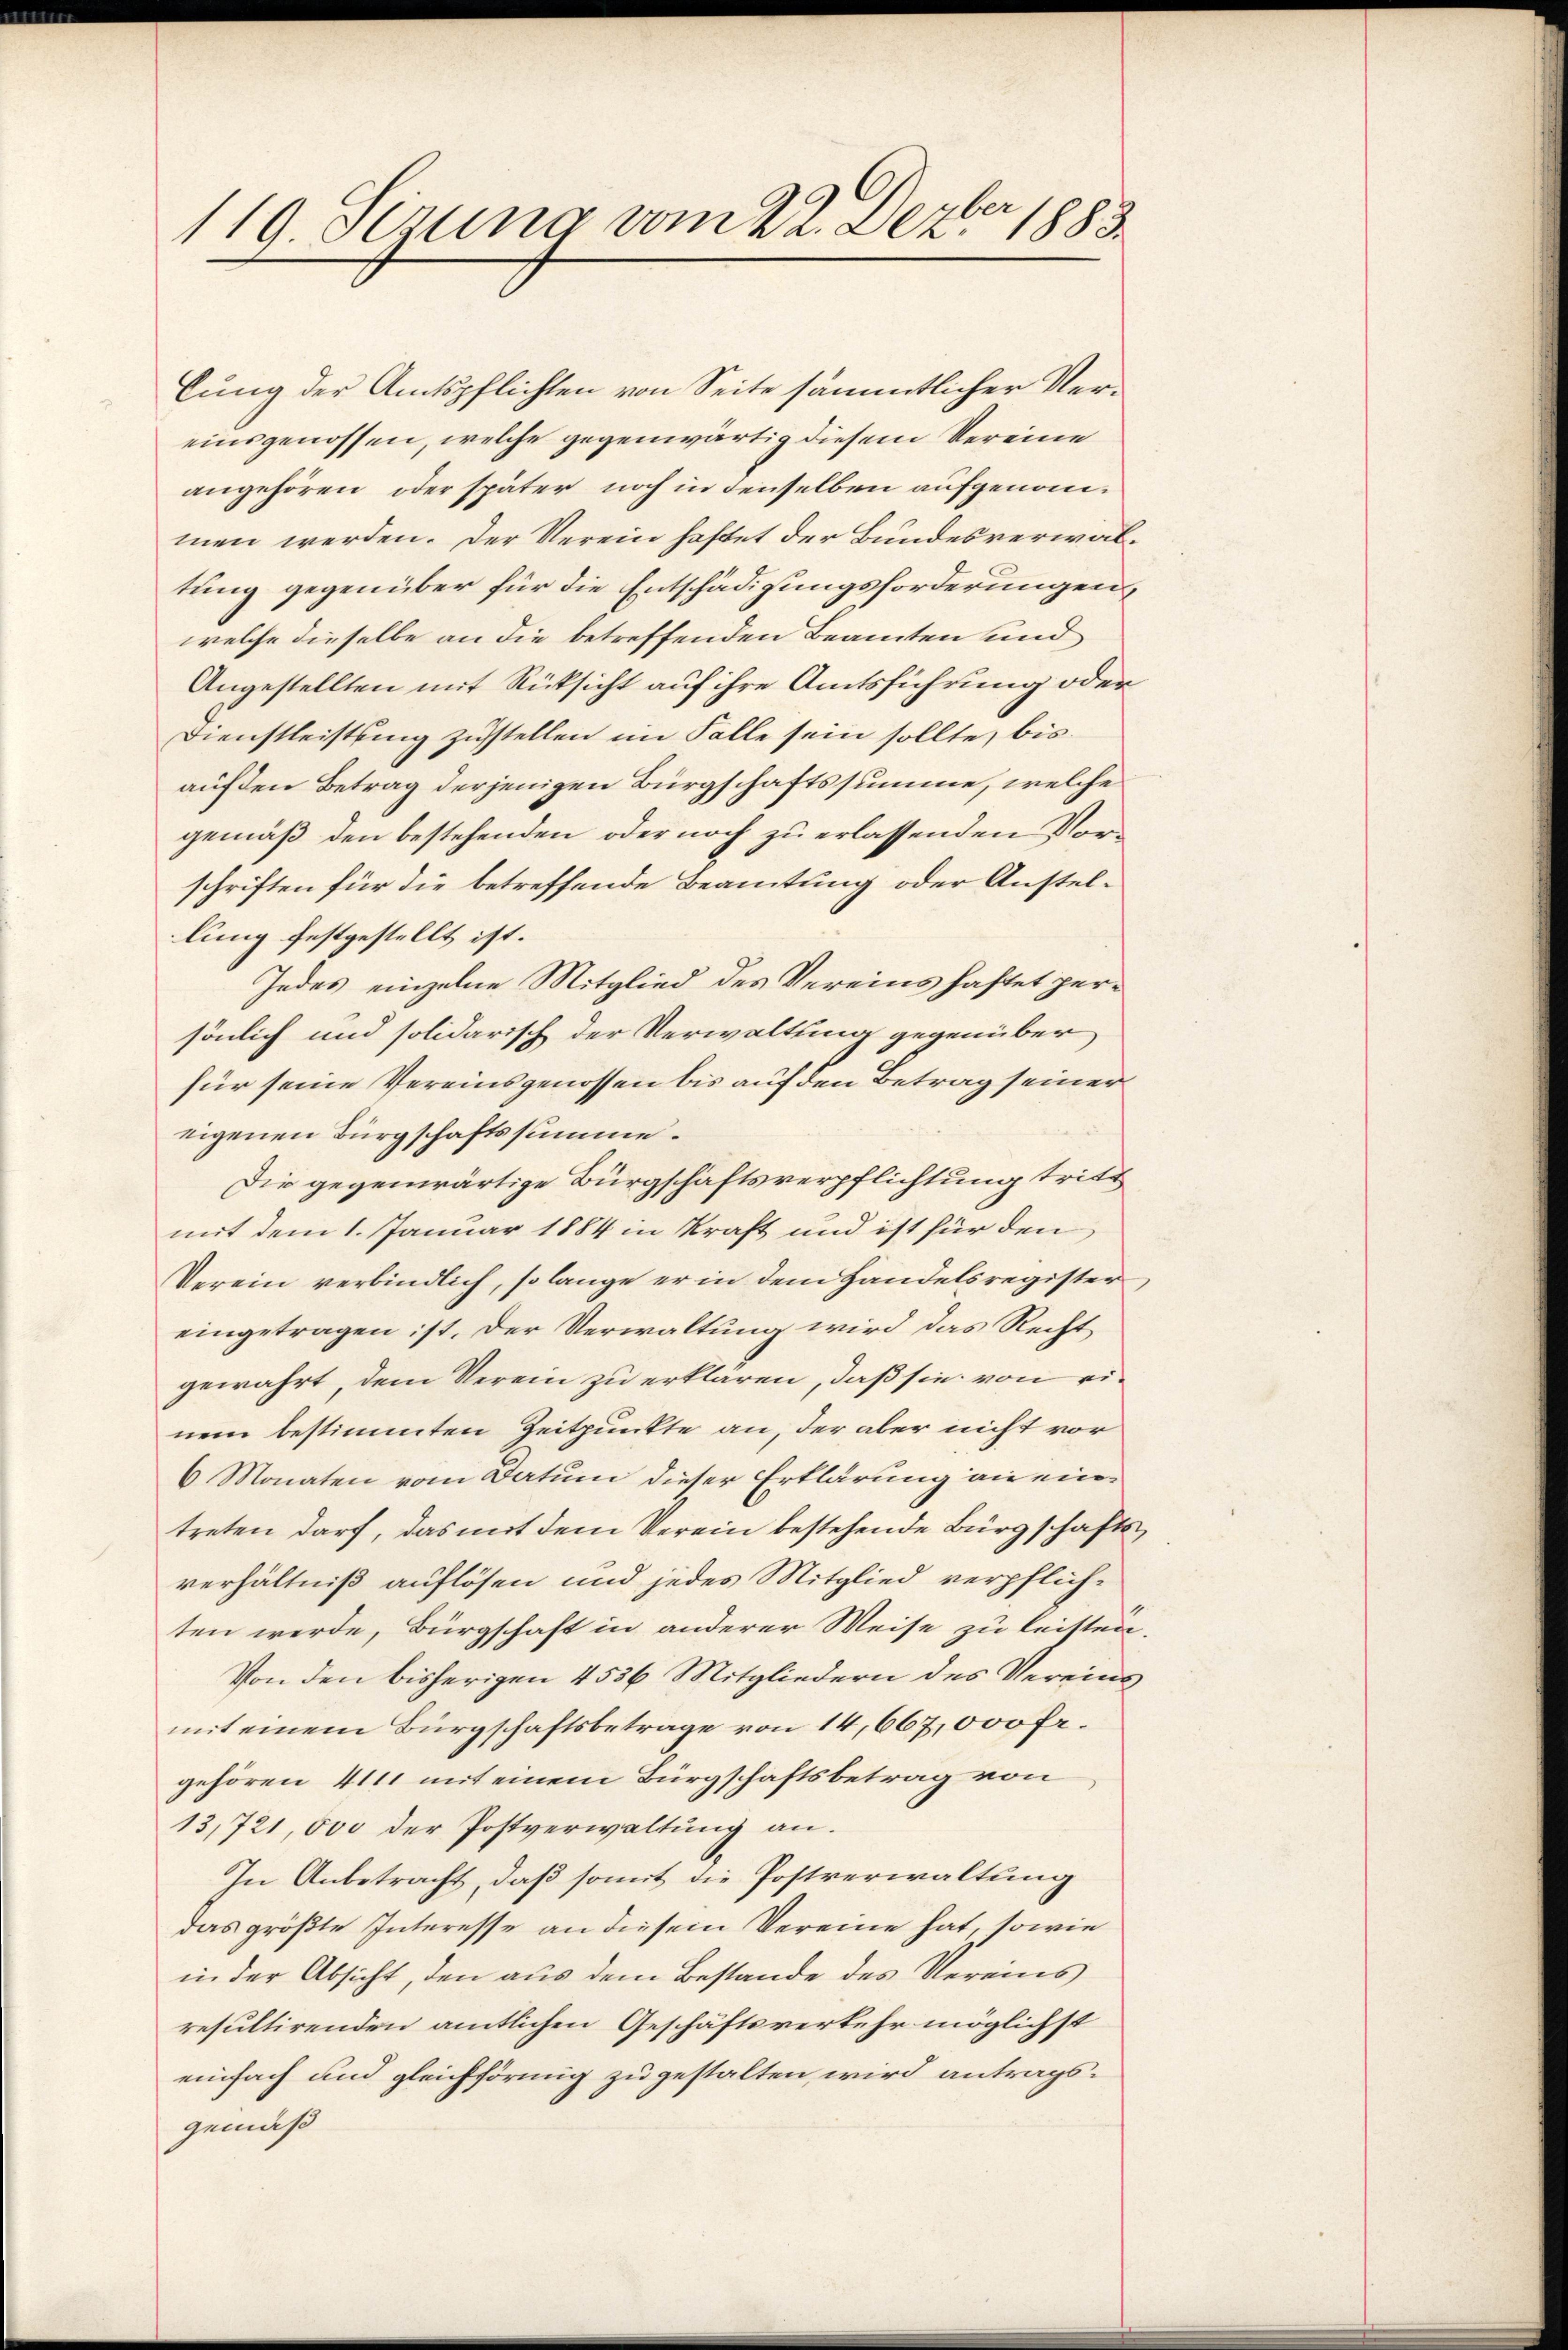
119 Sezung vom 22. Dezbr 1883.

lung der Amtspflichten von Seite sämmtlicher Vereinsgenossen, welche gegenwärtig diesem Vereine
angehören oder später noch in denselben aufgenommen werden. Der Verein haftet der Bundesverwaltung gegenüber für die Entschädigungsforderungen
welche dieselbe an die betreffenden Beamten und
Angestellten mit Rücksicht auf ihre Amtsführung oder
Dienstleistung zustellen im Falle sein sollte, bis
auf den Betrag derjenigen Bürgschaftssumme, welche
gemäß den bestehenden oder noch zu erlassenden Vorschriften für die betreffende Beamtung oder Anstellung festgestellt ist.
Jedes einzelne Mitglied des Vereins haftet persönlich und solidarisch der Verwaltung gegenüber
für seine Vereinsgenossen bis auf den Betrag seiner
eigenen Bürgschaftssumme.
Die gegenwärtige Bürgschäftsverpflichtung tritt
mit dem 1. Januar 1884 in Kraft und ist für den
Verein verbindlich, so lange er in dem Handelsregister
eingetragen ist. Der Verwaltung wird das Recht
gewahrt, dem Verein zu erklären, daß sie von einem bestimmten Zeitpunkte an, der aber nicht vor
6 Monaten vom Datum dieser Erklärung an eintreten darf, das mit dem Verein bestehende Bürgschafte
verhältniß auflösen und jedes Mitglied verpflichten werde, Bürgschaft in anderer Weise zu leisten
Von den bisherigen 4536 Mitgliedern des Vereinmit einem Bürgschaftsbetrage von 14,667,000 fr.
gehören 4111 mit einem Bürgschaftsbetrag von
13,721,000 der Postverwaltung an.
In Anbetracht, daß somit die Postverwaltung
das größte Interesse an diesem Vereine hat, sowie
in der Absicht, den aus dem Bestande des Vereins
resultirenden amtlichen Geschäftsverkehr möglichst
einfach und gleichförmig zugestalten, wird antragsgemäß